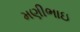
મણીભાઇ